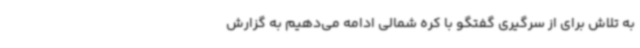
به تلاش برای از سرگیری گفتگو با کره شمالی ادامه می‌دهیم به گزارش